Annual report on the Civil Veterinary Department, Burma (including the Insein Veterinary School) - 1910-1922
Year: 1910
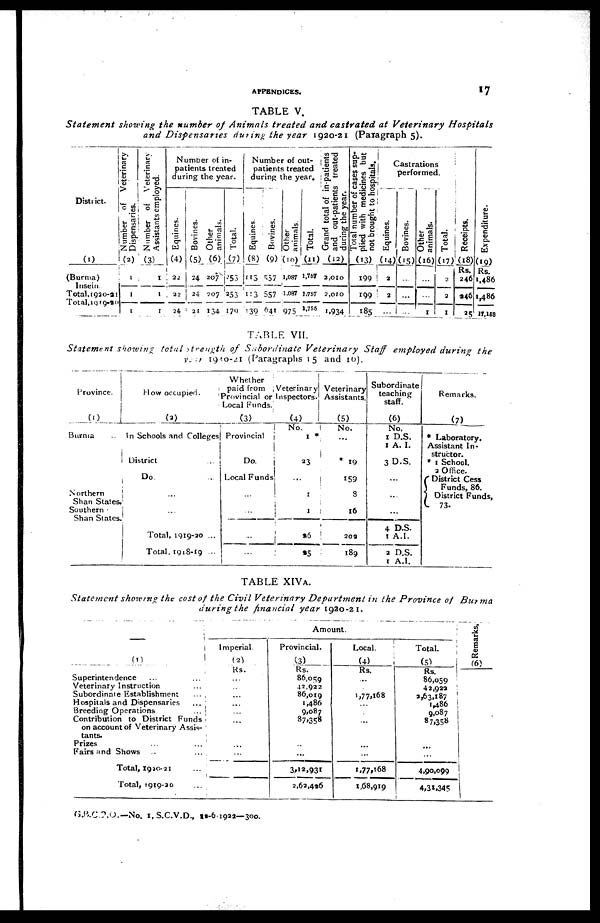
APPENDICES.
17
TABLE V.
Statement
showing the number of Animals treated and castrated at Veterinary
Hospitals
and Dispensaries
during the year 1920-21 (Paragraph 5).
District.
(1)
(Burma)
Inseia.
Total, 1920-21
Total, 1919-20
Number of Veterinary
Dispensaries.
(2)
1
1
1
Number of Veterinary
Assistants employed.
(3)
1
1
1
Number of in-
patients treated
during the year.
Equines.
(4)
22
22
24
Bovines.
(5)
24
24
21
Other
animals.
(6)
207
707
134
Total.
(7)
253
253
179
Number of out-
patients treated
during the year.
Equines.
(8)
113
113
139
Bovines.
(9)
537
557
641
Other
animals.
(10)
1,087
1,087
975
Total.
(11)
1,767
1,757
1,755
Grand total of in-patients
and out-patients treated
during the year.
(12)
2,010
2,010
1,934
Total number of cases sup-
plied with medicines but
not brought to hospitals.
(13)
199
199
185
Castrations
performed.
Equines.
(14)
2
2
...
Bovines.
(15)
...
...
...
Other
animals.
(16)
...
...
1
Total.
(17)
2
2
1
Receipts.
(18)
Rs.
246
946
25
Expendi t
ur e.
(19)
Rs.
1,486
1,486
17,168
TABLE VII.
Statement showing total strength of Subordinate
Veterinary
Staff employed during
the
von
1920-21 (Paragraphs 15 and 10).
Province.
(1)
Burma ..
Northern
Shan States.
Southern
Shan Slates
How occupied.
(2)
In Schools and Colleges
District ...
Do ...
...
...
Total, 1919-20 ...
Total, 1918-19 ...
Whether
paid from
Provincial or
Local Funds.
(3)
Provincial
Do.
Local Funds
...
...
...
...
Veterinary
Inspectors.
(4)
No.
1 *
23
...
1
1
s6
25
Veterinary
Assistants.
(5)
No.
* 19
159
8
16
200
189
Subordinate
teaching
staff.
(6)
No.
1 D.S.
1 A. I.
3 D.S.
...
...
...
4 D.S.
1 A.I.
2 D.S.
1 A.I.
Remarks.
(7)
* Laboratory.
Assistant In-
structor.
* 1 School.
2 Office.
District Cess
Funds, 86.
District Funds,
73.
TABLE XIV A.
Statement showing the cost of the Civil Veterinary Department
in the Province of
Burma
during the financial year 1920-21.
(1)
Superintendence ... ...
Veterinary Instruction ...
Subordinate Establishment ...
Hospitals and Dispensaries ...
Breeding Operations
...
Contribution to District Funds
on account of Veterinary Assis-
tants.
Prizes ... ...
Fairs and Shows ... ...
Total, 1920-21 ...
Total, 1919-20 ...
Amount.
Imperial.
(2)
Rs.
...
...
...
...
...
...
...
...
Provincial.
(3)
Rs.
86,059
42,922
86,019
1,486
9,087
87,358
...
...
3,12,931
2,62,496
Local.
(4)
Rs.
...
... 1,77,168
...
...
...
...
...
1,77,168
1,68,919
Total.
(5)
Rs.
86,059
42,92a
2,63,187
1,486
9,087
87,358
...
...
4,90,099
4,31,345
Remarks.
(6)
G.B.C.D.O.—No. 1, S.C.V.D., 12-6-1922—300.